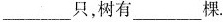
___只，树有___棵.